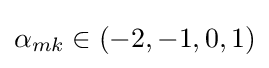
\alpha _{mk}\in (-2,-1,0,1)